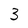
Character: 3